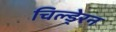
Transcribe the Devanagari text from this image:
चिल्डे्रन